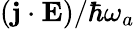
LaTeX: (\mathbf{j}\cdot\mathbf{E})/\hbar\omega_{a}